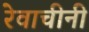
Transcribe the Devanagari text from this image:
रेवाचीनी